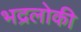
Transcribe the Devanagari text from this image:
भद्रलोकी